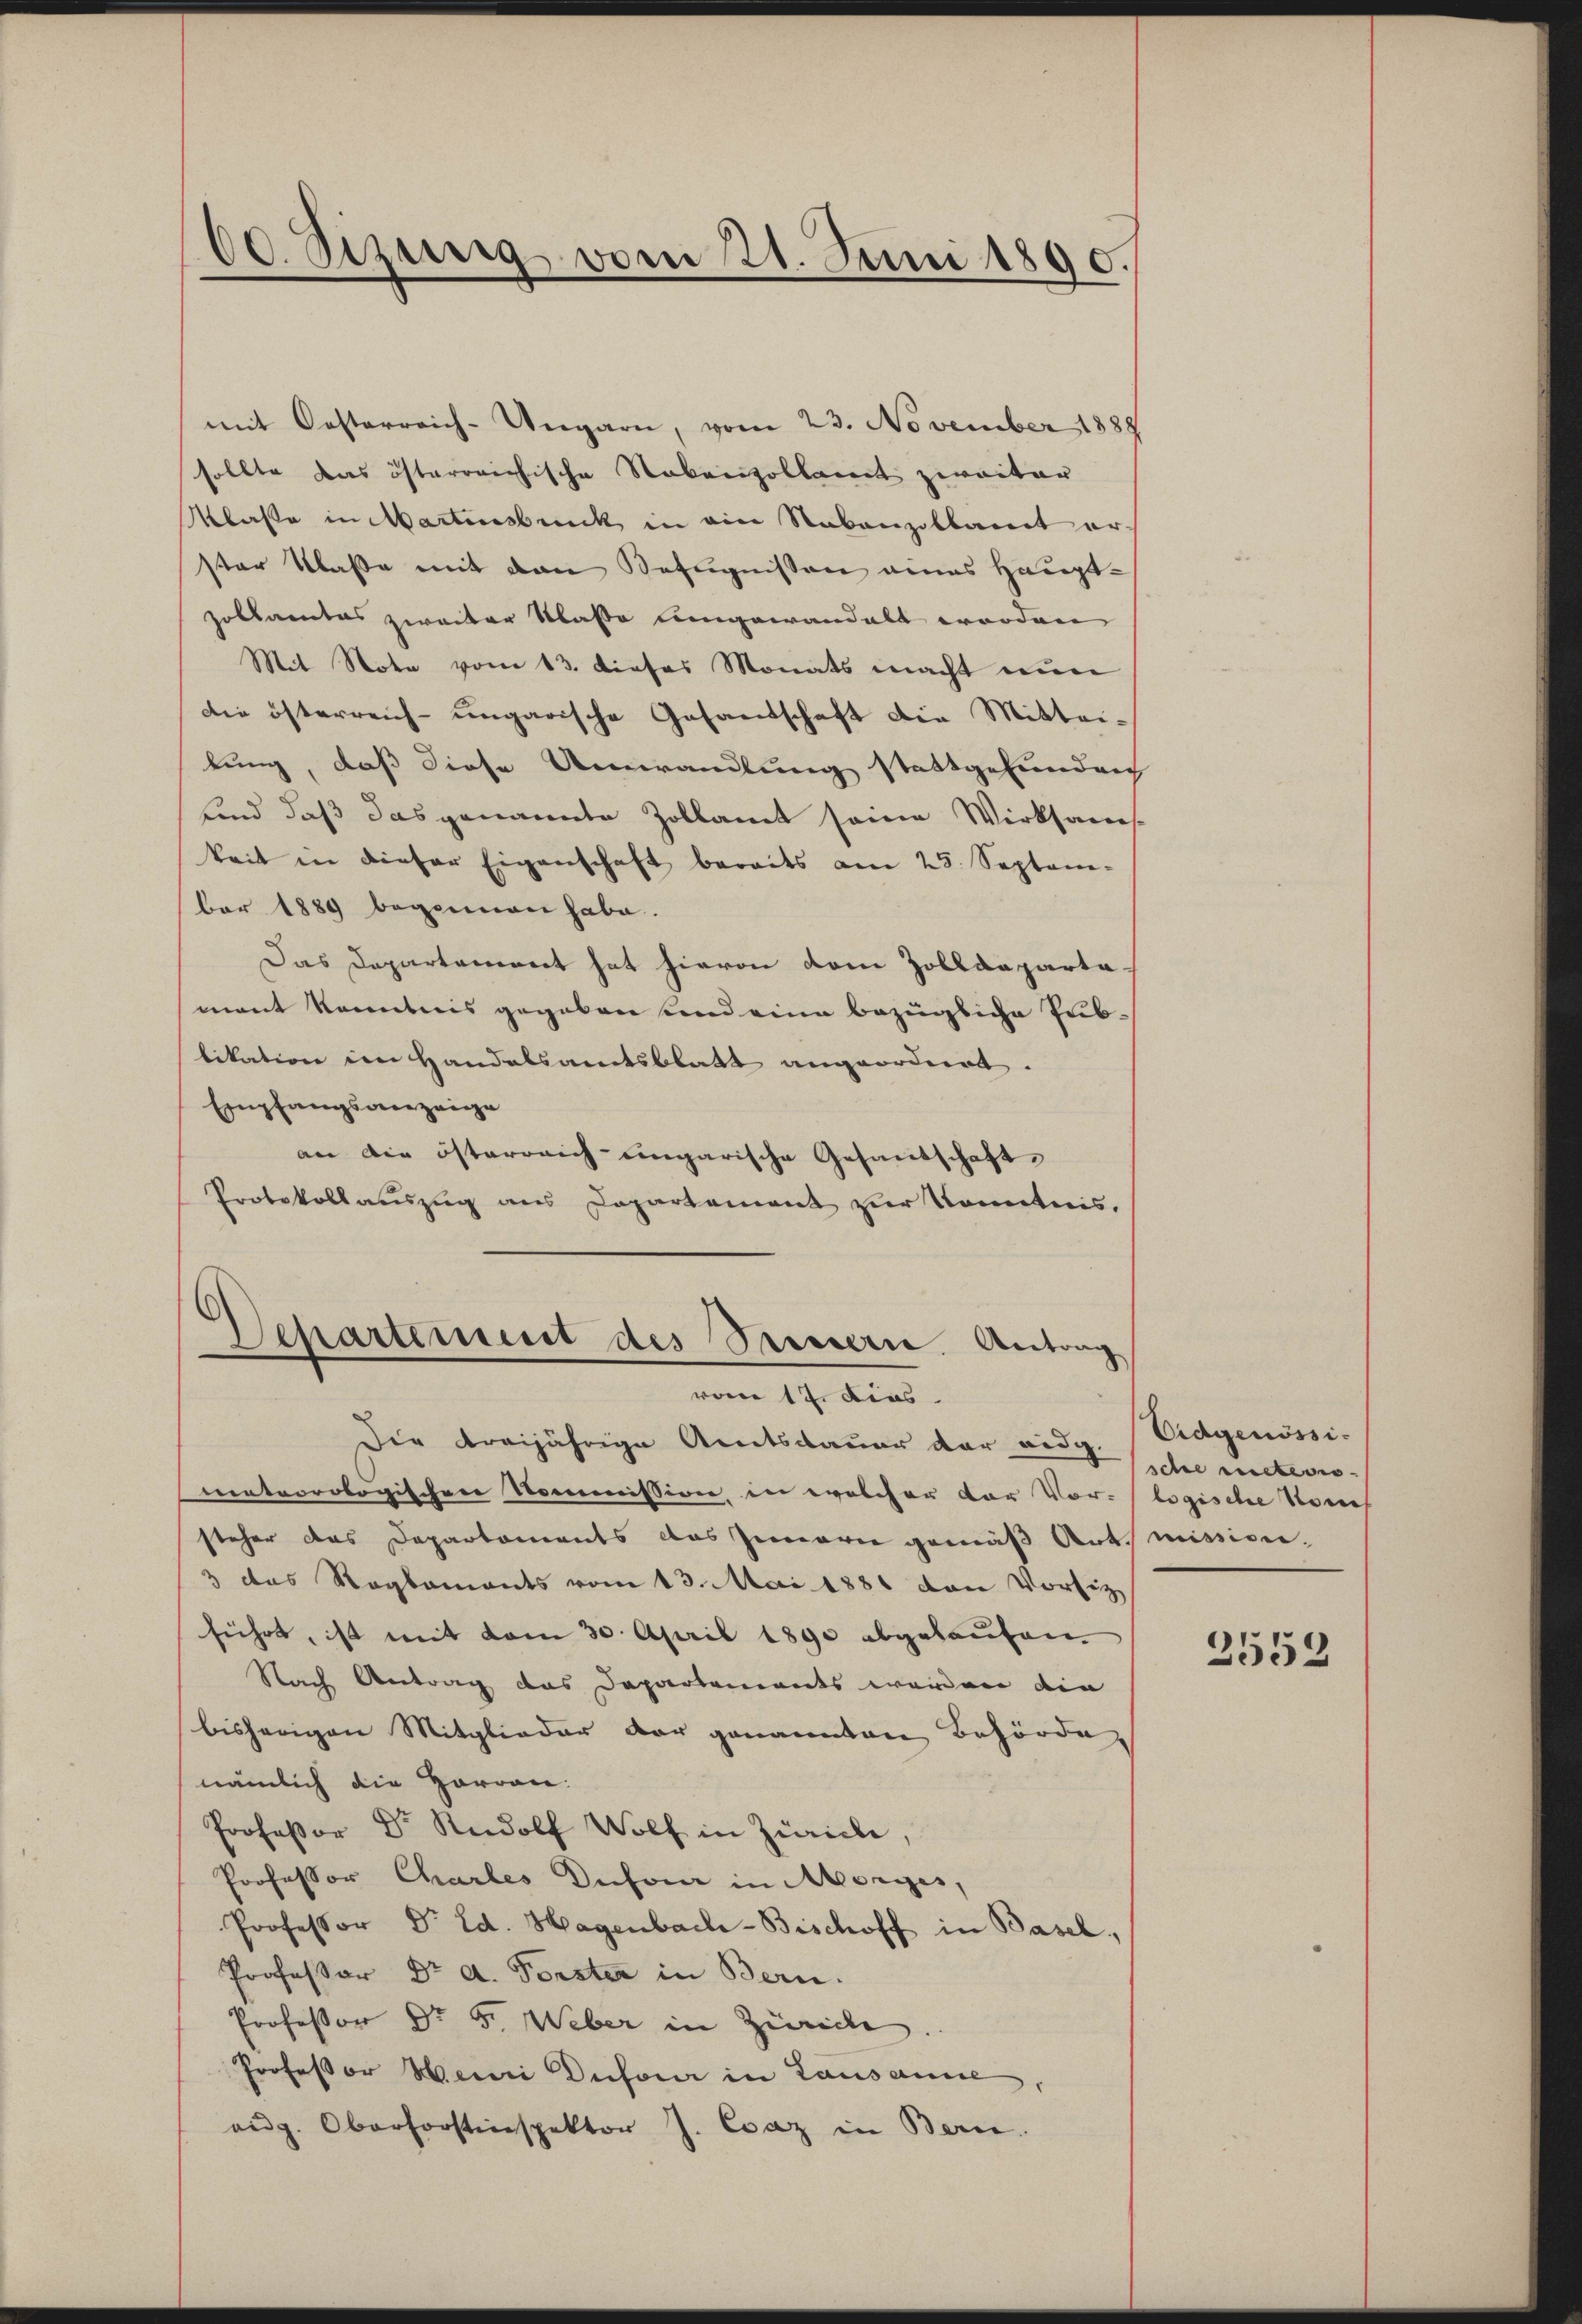
60. Sizung vom 21. Juni 1890.

mit Oesterreich-Ungarn, vom 23. November 1888
sollte das österreichische Nebenzollamt zweiter
Klasse in Martensbruck in eine Rabenzollamt er-
ster Klasse mit den Befugnissen eines Hauptzollantas zweiter Klasse eingewandelt worden
Mit Stote vom 13. dieses Monats macht nun
Die österreich-ungarische Gesandschaft die Mittei-
lung, daß diese Umwandlung stattgefunden
Kind daß das genannte Zollamt seine Wirksams
keit in dieser Eigenschaft bereits am 25. Septem-
ber 1889 beginnen habe.
Das Departement hat hievon vom Zolldepartamant kanntnis gegeben und eine bezügliche Publikation im Handelsamtsblatt angeordnet.
Empfangsanzeige
an die österreich eingarische Gesantschaft
Protokollauszug aus Departement zur Kenntnis.

Departement des Presserie. Antrag
vom 17. Dies

Die dreijährige Amtsdauer der eidg. Eidgenössimeteorologischen Kommission, in welcher der Vor-logische Neuch
steher das Departements das Innern gemäß Art mission.
3 das Reglements vom 13. Mai 1881 von Vorsitz
führt, ist mit vom 30. April 1890 abgelaufen.
Nach Antrag das Departements werden die
bisherigen Mitglieder der genannten Behördenämlich die Harron:
Professor Dr. Rudolf Wolf in Zürich,
Professor Chartes Dufour in Morges,
Professor Dr. Ed. Hagenbach- Bischoff in Basel,
Professor Dr A. Forster in Bern.
Professor Dr. Fr. Weber in Zürich.
Professor Meiri Dufour in Lausanne,
aŭg. Oberforstinspektor J. Caz in Bern

sche meteris
2552